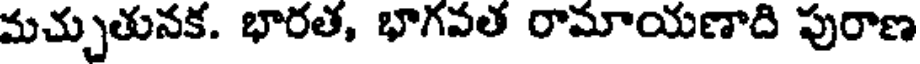
మచ్చుతునక. భారత, భాగవత రామాయణాది పురాణ